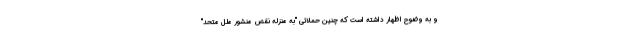
و به وضوح اظهار داشته است که چنین حملاتی "به منزله نقض منشور ملل متحد"